Annual report of the Camel Specialist
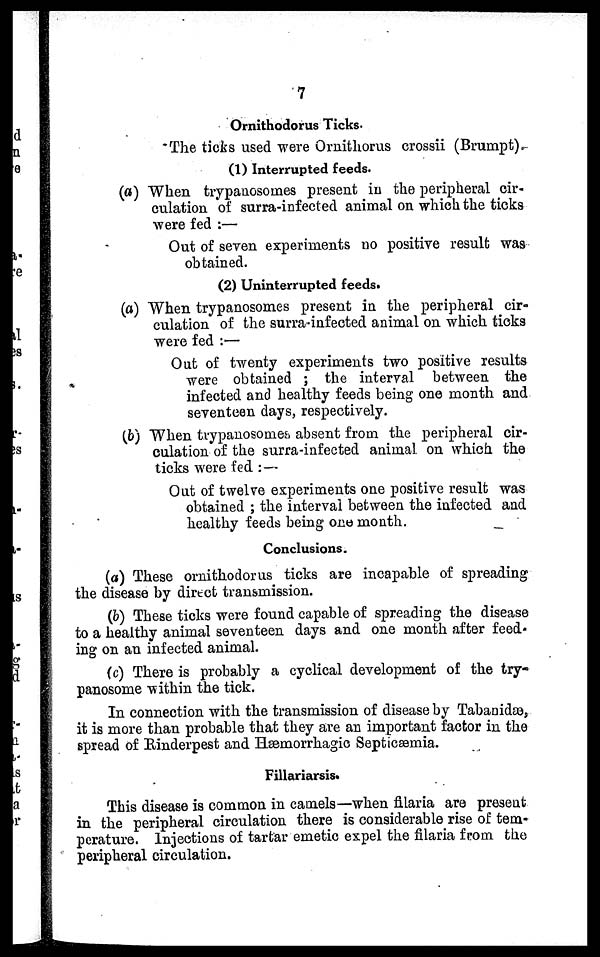
7
Ornithodorus Ticks.
The ticks used were Ornithorus crossii (Brumpt).
(1) Interrupted feeds.
(a) When trypanosomes present in the peripheral cir-
culation of surra-infected animal on which the ticks
were fed :—
Out of seven experiments no positive result was
obtained.
(2) Uninterrupted feeds.
(a) When trypanosomes present in the peripheral cir-
culation of the surra-infected animal on which ticks
were fed : - Out of twenty experiments two positive results
were obtained ; the interval between the
infected and healthy feeds being one month and
seventeen days, respectively.
(b) When trypanosomes absent from the peripheral cir-
culation of the surra-infected animal on which the
ticks were fed :—
Out of twelve experiments one positive result was
obtained ; the interval between the infected and
healthy feeds being one month.
Conclusions.
(a) These ornithodorus ticks are incapable of spreading
the disease by direct transmission.
(b) These ticks were found capable of spreading the disease
to a healthy animal seventeen days and one month after feed-
ing on an infected animal.
(c) There is probably a cyclical development of the try-
panosome within the tick.
In connection with the transmission of disease by Tabanidæ,
it is more than probable that they are an important factor in the
spread of Rinderpest and Hæmorrhagic Septicæmia.
Fillariarsis.
This disease is common in camels—when filaria are present
in the peripheral circulation there is considerable rise of tem-
perature. Injections of tartar emetic expel the filaria from the
peripheral circulation.